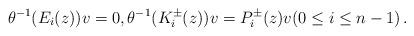
LaTeX: \begin{align*}\theta^{-1}(E_i(z))v=0, \theta^{-1}(K^{\pm}_i(z))v=P_i^\pm(z)v(0\le i \le n-1)\,. \end{align*}